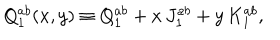
LaTeX: Q _ { 1 } ^ { a b } ( x , y ) \equiv Q _ { 1 } ^ { a b } + x \, J _ { 1 } ^ { a b } + y \, K _ { 1 } ^ { a b } ,